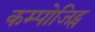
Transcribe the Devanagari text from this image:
कम्पोजिट्स